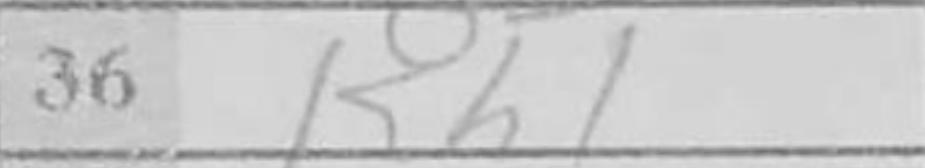
Transcription: Kh1